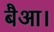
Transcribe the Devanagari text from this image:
बैआ।